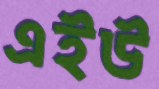
এইউ